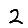
Digit: 2